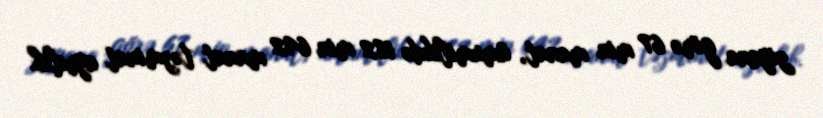
ziyana görə 67 min manat, ümumilikdə 182 min 642 manat təzminat ayrılıb.